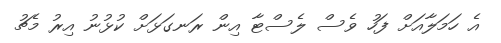
އެ ހަމަލާއަށް ފަހު ވެސް ލެސްޓާ އިން ރަނގަޅަށް ކުޅުނު އިރު މެޗު